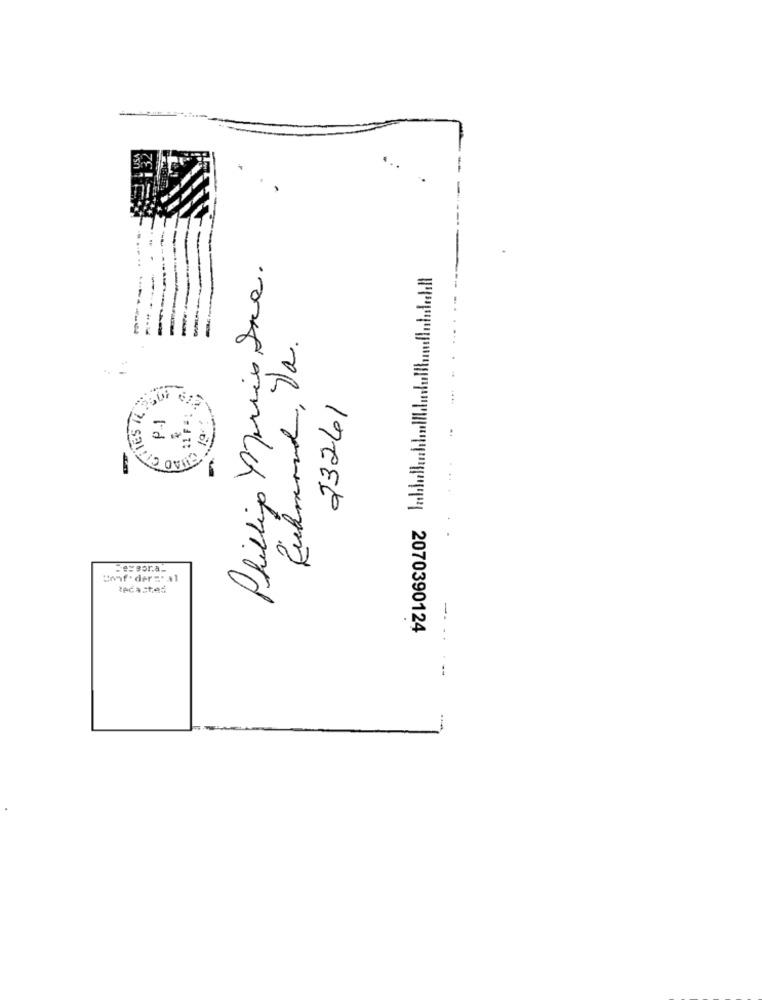
...
Phillip Pris Ine.
Richmond, Da.
23261
P-1
Conf . der=" al
--
"""""""" 2070390124